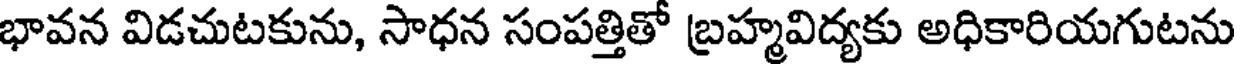
భావన విడచుటకును, సాధన సంపత్తితో బ్రహ్మవిద్యకు అధికారియగుటను